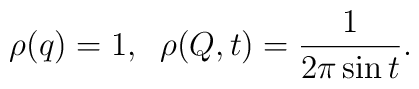
\rho(q)=1,\;\; \rho(Q,t)={1\over 2\pi \sin t}.